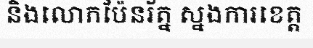
និងលោកប៉ែនរ័ត្ន ស្នងការខេត្ត